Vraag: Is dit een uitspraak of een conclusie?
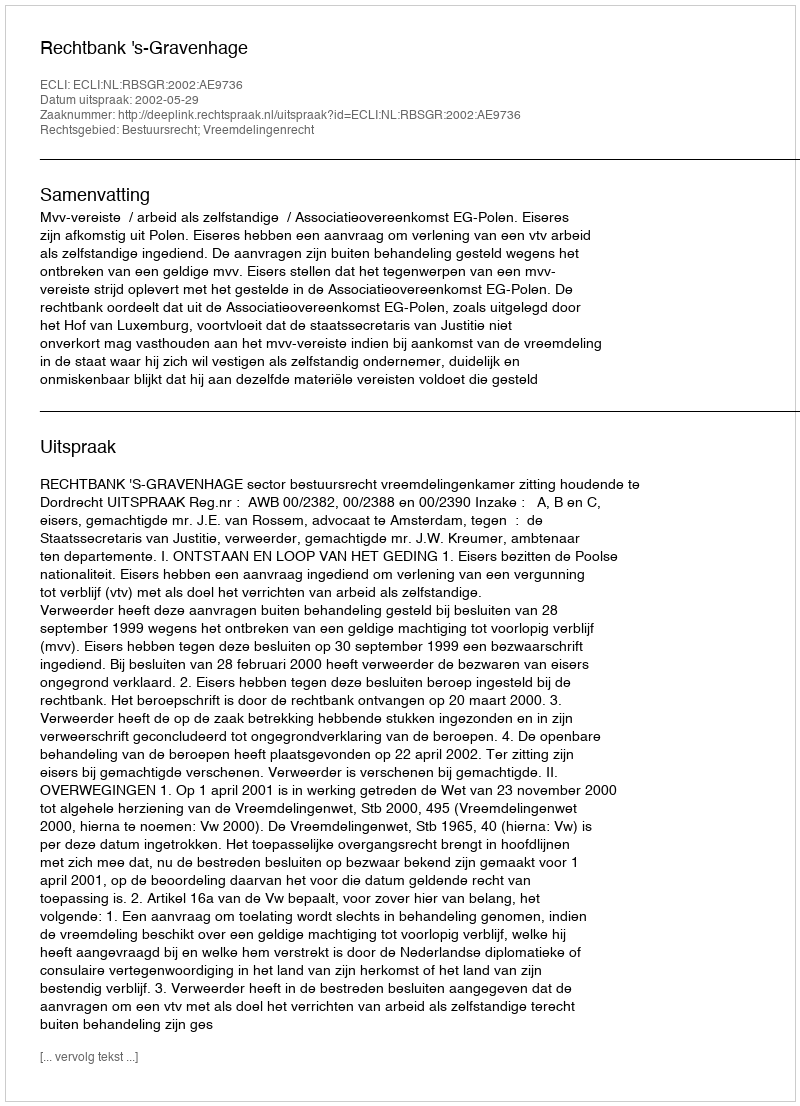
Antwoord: Uitspraak